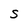
Character: S